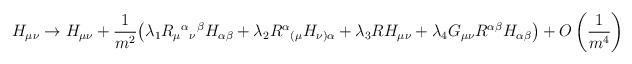
LaTeX: \begin{align*}H_{\mu\nu} \rightarrow H_{\mu\nu} + \frac{1}{m^2}\bigl( \lambda_1 R_\mu{}^\alpha{}_\nu{}^\beta H_{\alpha\beta}+ \lambda_2 R^\alpha{}_{(\mu} H_{\nu)\alpha}+ \lambda_3 R H_{\mu\nu}+ \lambda_4 G_{\mu\nu} R^{\alpha\beta} H_{\alpha\beta}\bigr)+ O \left(\frac{1}{m^4}\right)\end{align*}